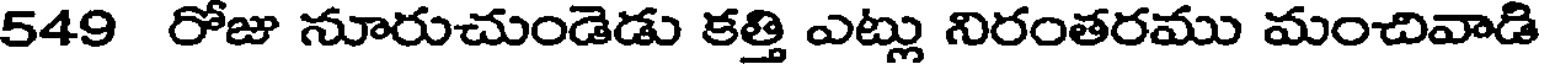
549 రోజు నూరుచుండెడు కత్తి ఎట్లు నిరంతరము మంచివాడి